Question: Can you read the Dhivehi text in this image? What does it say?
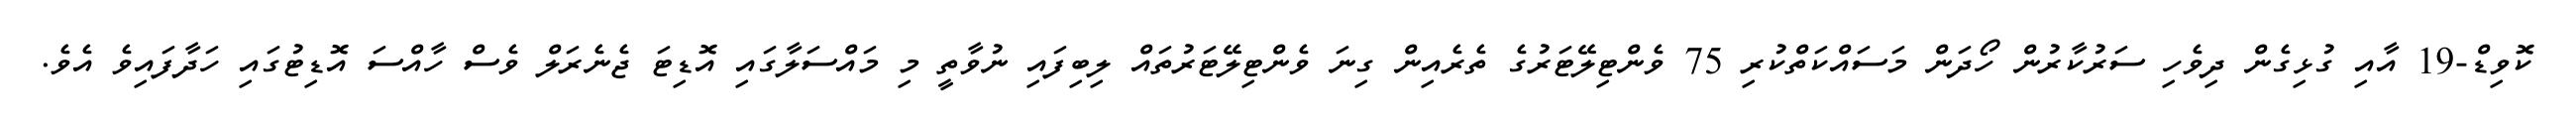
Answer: ކޮވިޑް-19 އާއި ގުޅިގެން ދިވެހި ސަރުކާރުން ހޯދަން މަސައްކަތްކުރި 75 ވެންޓިލޭޓަރުގެ ތެރެއިން ގިނަ ވެންޓިލޭޓަރުތައް ލިބިފައި ނުވާތީ މި މައްސަލާގައި އޮޑިޓަ ޖެނެރަލް ވެސް ހާއްސަ އޮޑިޓުގައި ހަދާފައިވެ އެވެ.